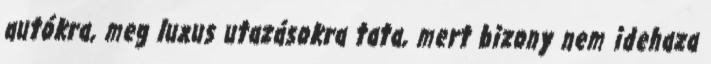
autókra, meg luxus utazásokra tata, mert bizony nem idehaza